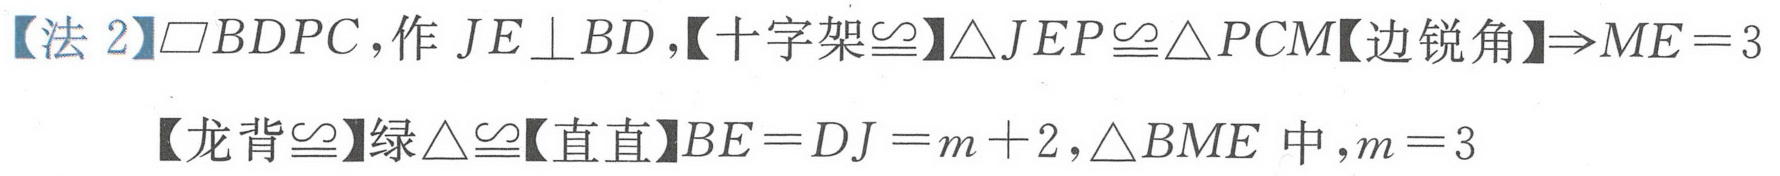
【法 2】$\square BDPC$，作 \(JE\perp BD\)，【十字架$\cong$】$\triangle JEP\cong\triangle PCM$【边锐角】$\Rightarrow ME = 3$
【龙背$\cong$】绿$\triangle\cong$【直直】$BE = DJ = m + 2$，$\triangle BME$ 中，$m = 3$